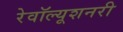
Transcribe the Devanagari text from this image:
रेवॉल्यूशनरी